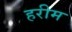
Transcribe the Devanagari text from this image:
हरीम